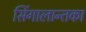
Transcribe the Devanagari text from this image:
सिंगालान्तका